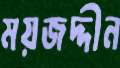
ময়জদ্দীন